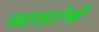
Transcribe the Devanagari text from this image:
आसोबे